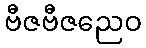
ဗီဇဗီဇညေဝ